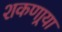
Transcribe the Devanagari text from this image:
शकणार्‍या